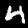
Digit: 4